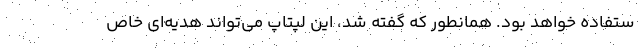
ستفاده خواهد بود. همانطور که گفته شد، این لپتاپ می‌تواند هدیه‌ای خاص